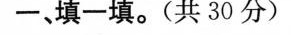
-、填一填。(共30分)